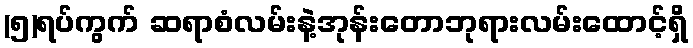
(၅)ရပ်ကွက် ဆရာစံလမ်းနဲ့အုန်းတောဘုရားလမ်းထောင့်ရှိ